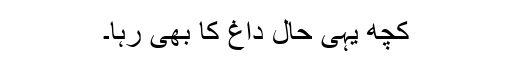
کچھ یہی حال داغ کا بھی رہا۔